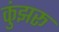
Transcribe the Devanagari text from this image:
कुंझरू